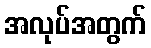
အလုပ်အတွက်